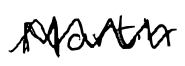
Text: Martin
Cross-out: mix
Writing tool: digital_black